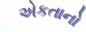
એકતાનો